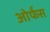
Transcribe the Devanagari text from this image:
ओर्फंस